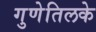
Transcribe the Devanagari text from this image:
गुणेतिलके